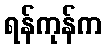
ရန်ကုန်က